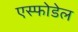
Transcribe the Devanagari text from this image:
एस्फोडेल